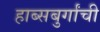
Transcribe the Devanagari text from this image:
हाब्सबुर्गांची